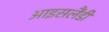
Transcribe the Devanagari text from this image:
आइसलैंडी